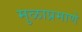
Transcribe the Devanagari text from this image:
मुळाप्रमाणे